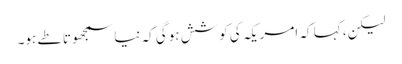
لیکن، کہا کہ امریکہ کی کوشش ہوگی کہ نیا سمجھوتا طے ہو۔